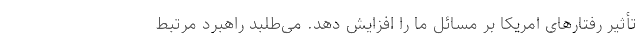
تأثیر رفتارهای امریکا بر مسائل ما را افزایش دهد. می‌طلبد راهبرد مرتبط